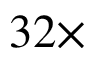
3 2 \times